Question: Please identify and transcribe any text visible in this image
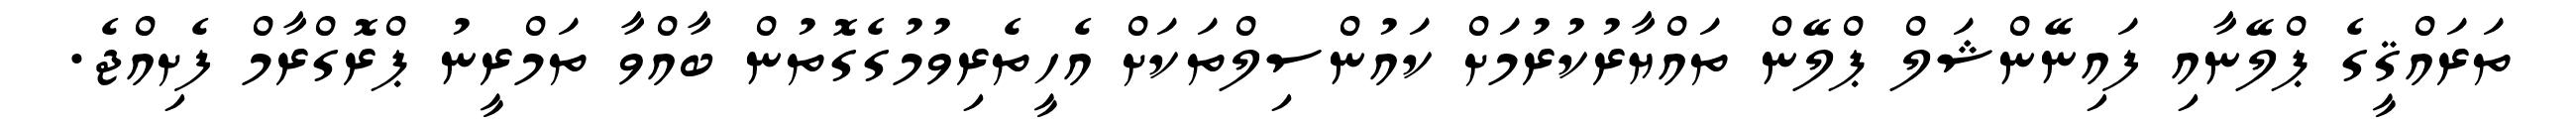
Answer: ތަރައްޤީގެ ޕްލޭނާއި ފައިނޭންޝަލް ޕްލޭން ތައްޔާރުކުރުމަށް ކައުންސިލްތަކަށް އެހީތެރިވުމުގެގޮތުން ބާއްވާ ތަމްރީނު ޕްރޮގްރާމް ފެށިއްޖެ.